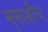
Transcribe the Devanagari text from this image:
मृगाशीच